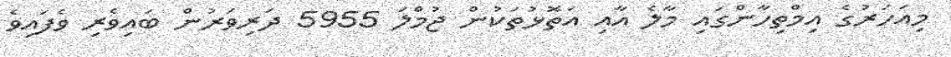
މިއަހަރުގެ އިމްތިހާންގައި މާލެ އާއި އަތޮޅުތަކުން ޖުމްލަ 5955 ދަރިވަރުން ބައިވެރި ވެފައިވެ